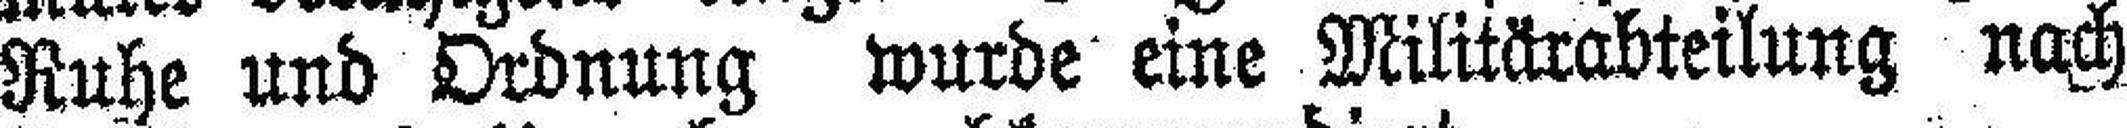
Ruhe und Ordnung wurde eine Militärabteilung nach